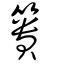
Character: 簣